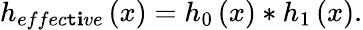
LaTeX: h_{effec\mathtt{t}\mathbf{i}ve}\left(x\right)=h_{0}\left(x\right)*h_{1}\left(x\right).